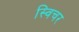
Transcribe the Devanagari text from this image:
स्विचर